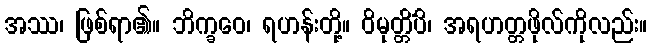
အဿ၊ ဖြစ်ရာ၏။ ဘိက္ခဝေ၊ ရဟန်းတို့။ ဝိမုတ္တိံပိ၊ အရဟတ္တဖိုလ်ကိုလည်း။